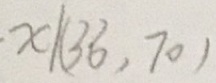
\cdot x \vert ( 3 6 , 7 0 )